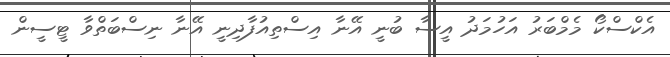
އެކްސްކޯ މެމްބަރު އަހުމަދު އީސާ ބުނީ އޭނާ އިސްތިއުފާދިނީ އޭނާ ނިސްބަތްވާ ޓީސީން